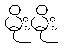
မိုးမိုး